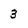
Character: 3